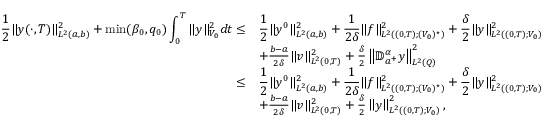
\begin{array} { r l } { \displaystyle \frac 1 2 \| y ( \cdot , T ) \| _ { L ^ { 2 } ( a , b ) } ^ { 2 } + \operatorname* { m i n } ( \beta _ { 0 } , q _ { 0 } ) \int _ { 0 } ^ { T } \| y \| _ { V _ { 0 } } ^ { 2 } d t \leq } & { \displaystyle \frac 1 2 \| y ^ { 0 } \| _ { L ^ { 2 } ( a , b ) } ^ { 2 } + \frac { 1 } { 2 \delta } \| f \| _ { L ^ { 2 } ( ( 0 , T ) ; ( V _ { 0 } ) ^ { \star } ) } ^ { 2 } + \frac { \delta } { 2 } \| y \| _ { L ^ { 2 } ( ( 0 , T ) ; V _ { 0 } ) } ^ { 2 } } \\ & { + \frac { b - a } { 2 \delta } \| v \| _ { L ^ { 2 } ( 0 , T ) } ^ { 2 } + \frac { \delta } { 2 } \left\| \mathbb { D } _ { a ^ { + } } ^ { \alpha } y \right\| _ { L ^ { 2 } ( Q ) } ^ { 2 } } \\ { \leq } & { \displaystyle \frac 1 2 \| y ^ { 0 } \| _ { L ^ { 2 } ( a , b ) } ^ { 2 } + \frac { 1 } { 2 \delta } \| f \| _ { L ^ { 2 } ( ( 0 , T ) ; ( V _ { 0 } ) ^ { \star } ) } ^ { 2 } + \frac { \delta } { 2 } \| y \| _ { L ^ { 2 } ( ( 0 , T ) ; V _ { 0 } ) } ^ { 2 } } \\ & { + \frac { b - a } { 2 \delta } \| v \| _ { L ^ { 2 } ( 0 , T ) } ^ { 2 } + \frac { \delta } { 2 } \left\| y \right\| _ { L ^ { 2 } ( ( 0 , T ) ; V _ { 0 } ) } ^ { 2 } , } \end{array}